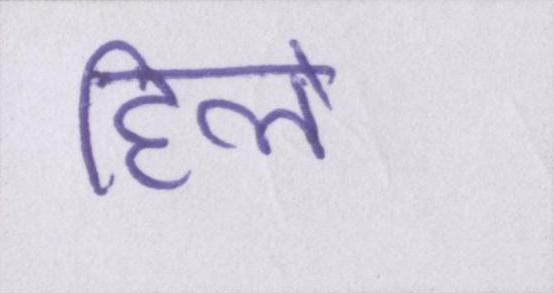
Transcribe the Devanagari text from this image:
हिले